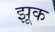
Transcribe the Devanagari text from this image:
झूक